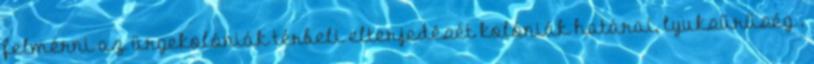
felmérni az ürgekolóniák térbeli elterjedését kolóniák határai, lyuksűrűség .